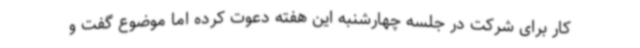
کار برای شرکت در جلسه چهارشنبه این هفته دعوت کرده اما موضوع گفت و